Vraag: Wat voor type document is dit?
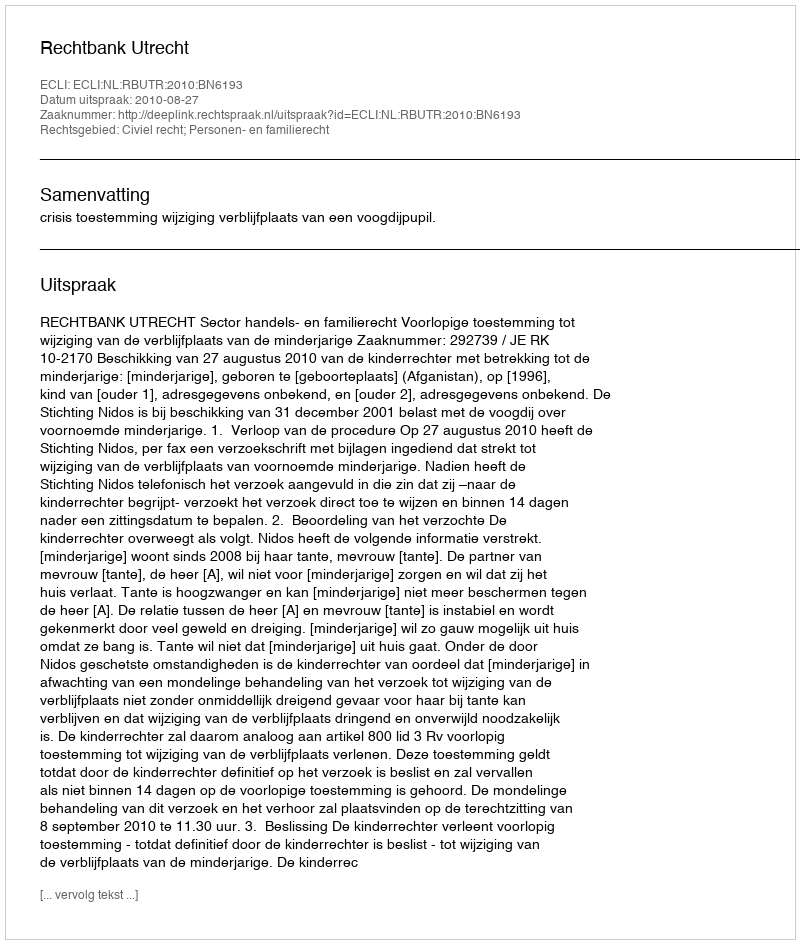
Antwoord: Uitspraak